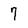
Character: 7